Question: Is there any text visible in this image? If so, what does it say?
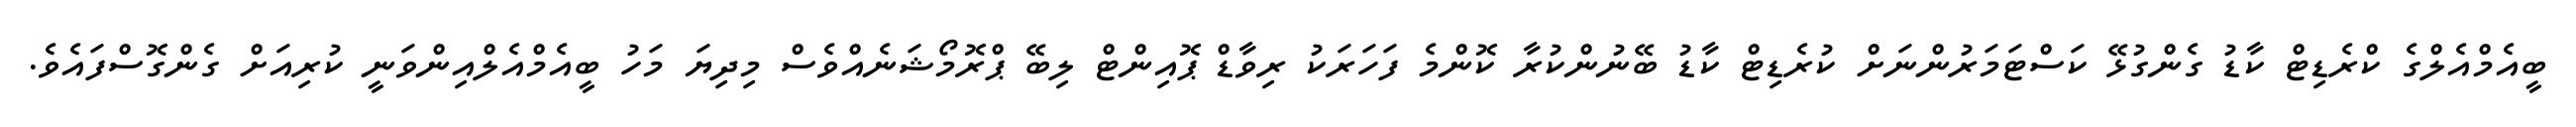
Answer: ބީއެމްއެލްގެ ކްރެޑިޓް ކާޑު ގެންގުޅޭ ކަސްޓަމަރުންނަށް ކުރެޑިޓް ކާޑު ބޭނުންކުރާ ކޮންމެ ފަހަރަކު ރިވާޑް ޕޮއިންޓް ލިބޭ ޕްރޮމޯޝަނެއްވެސް މިދިޔަ މަހު ބީއެމްއެލްއިންވަނީ ކުރިއަށް ގެންގޮސްފައެވެ.